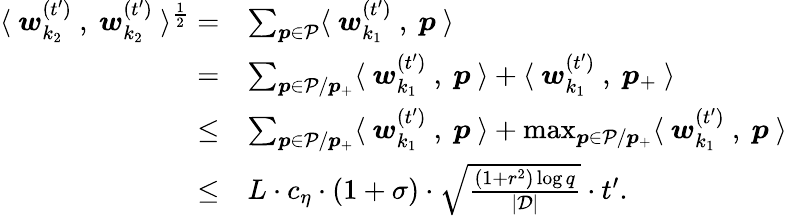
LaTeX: \begin{array}{rl}{\langle~{\boldsymbol w}_{k_{2}}^{(t^{\prime})}~,~{\boldsymbol w}_{k_{2}}^{(t^{\prime})}~\rangle^{\frac{1}{2}}=}&{\sum_{{\boldsymbol p}\in\mathcal{P}}\langle~{\boldsymbol w}_{k_{1}}^{(t^{\prime})}~,~{\boldsymbol p}~\rangle}\\ {=}&{\sum_{{\boldsymbol p}\in\mathcal{P}/{\boldsymbol p}_{+}}\langle~{\boldsymbol w}_{k_{1}}^{(t^{\prime})}~,~{\boldsymbol p}~\rangle+\langle~{\boldsymbol w}_{k_{1}}^{(t^{\prime})}~,~{\boldsymbol p}_{+}~\rangle}\\ {\le}&{\sum_{{\boldsymbol p}\in\mathcal{P}/{\boldsymbol p}_{+}}\langle~{\boldsymbol w}_{k_{1}}^{(t^{\prime})}~,~{\boldsymbol p}~\rangle+\operatorname*{max}_{{\boldsymbol p}\in\mathcal{P}/{\boldsymbol p}_{+}}\langle~{\boldsymbol w}_{k_{1}}^{(t^{\prime})}~,~{\boldsymbol p}~\rangle}\\ {\le}&{L\cdot c_{\eta}\cdot(1+\sigma)\cdot\sqrt{\frac{(1+r^{2})\log q}{|\mathcal{D}|}}\cdot t^{\prime}.}\end{array}